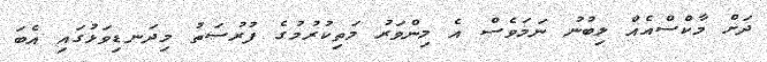
ދަށް މާކްސްއެއް ލިބުނު ނަމަވެސް އެ މިންވަރު މަތިކުރުމުގެ ފުރުސަތު މިދަނޑިވަޅުގައި އެބަ